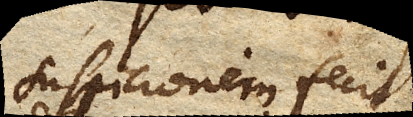
suspicionem fecit